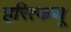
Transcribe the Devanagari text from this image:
हरित्कणू